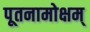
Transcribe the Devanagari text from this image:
पूतनामोक्षम्